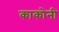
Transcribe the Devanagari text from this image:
काकोनी